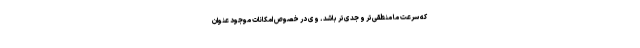
که سرعت ما منطقی‌تر و جدی‌تر باشد. وی در خصوص امکانات موجود عنوان